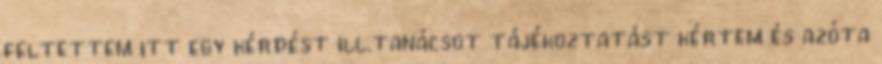
feltettem itt egy kérdést ill.tanácsot tájékoztatást kértem és azóta